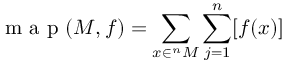
\textup { m a p } ( M , f ) = \sum _ { x \in ^ { n } M } \sum _ { j = 1 } ^ { n } [ f ( x ) ]